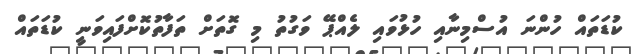
ކުޑަތައް ހުންނަ އުސްމިނާއި ހުޅުވައި ލެއްޕޭ ވަގުތު މި ގޮތަށް ތަފާތުކޮށްފައިވަނީ ކުޑަތައް